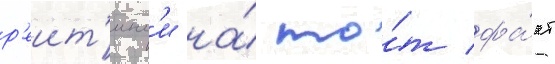
р'еит'инг'и на́ то́т фа́кт